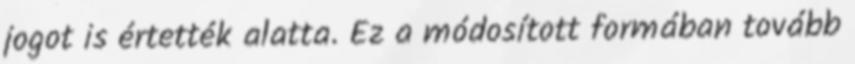
jogot is értették alatta. Ez a módosított formában tovább